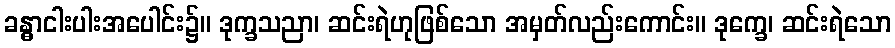
ခန္ဓာငါးပါးအပေါင်း၌။ ဒုက္ခသညာ၊ ဆင်းရဲဟုဖြစ်သော အမှတ်လည်းကောင်း။ ဒုက္ခေ၊ ဆင်းရဲသော